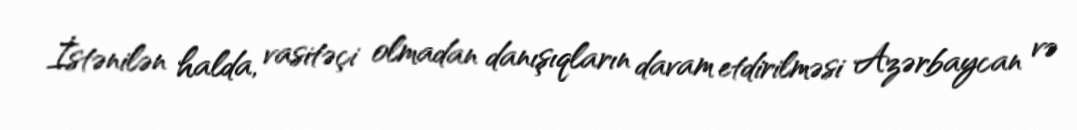
İstənilən halda, vasitəçi olmadan danışıqların davam etdirilməsi Azərbaycan və